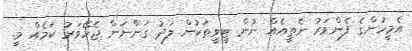
އެމީހުންގެ ފެންވަރު ނެތީއެއް ނުން ޓީވީތަކުން ލަދު ގަންނަން ޖެހޭވަރު ކަމެއް މީ.